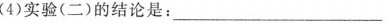
(4)实验(二)的结论是：___